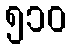
၅၁၀